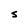
Character: S